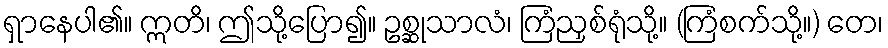
ရှာနေပါ၏။ ဣတိ၊ ဤသို့ပြော၍။ ဥစ္ဆုသာလံ၊ ကြံညှစ်ရုံသို့။ (ကြံစက်သို့။) တေ၊